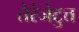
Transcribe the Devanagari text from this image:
तेरंजेटुत्त